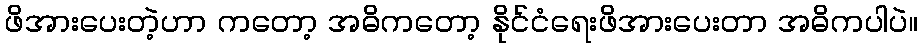
ဖိအားပေးတဲ့ဟာ ကတော့ အဓိကတော့ နိုင်ငံရေးဖိအားပေးတာ အဓိကပါပဲ။